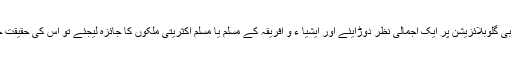
دوسری طرف آپ مغربی گلوبلائزیشن پر ایک اجمالی نظر دوڑایئے اور ایشیا ء و افریقہ کے مسلم یا مسلم اکثریتی ملکوں کا جائزہ لیجئے تو اس کی حقیقت خود واضح ہوجاتی ہے۔